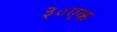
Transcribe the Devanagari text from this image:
३०एक